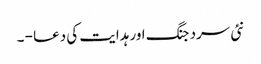
نئی سرد جنگ اور ہدایت کی دعا - ۔